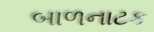
બાળનાટક